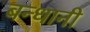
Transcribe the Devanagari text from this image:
बन्धानी